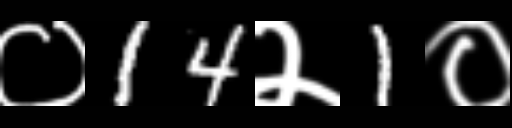
Text: ०14२1०